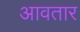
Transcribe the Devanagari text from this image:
आवतार